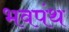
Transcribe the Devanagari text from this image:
भवपंथ